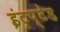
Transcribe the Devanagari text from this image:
इंट्रप्टेड